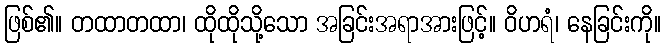
ဖြစ်၏။ တထာတထာ၊ ထိုထိုသို့သော အခြင်းအရာအားဖြင့်။ ဝိဟရံ၊ နေခြင်းကို။